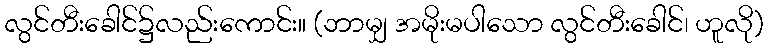
လွင်တီးခေါင်၌လည်းကောင်း။ (ဘာမျှ အမိုးမပါသော လွင်တီးခေါင်၊ ဟူလို)